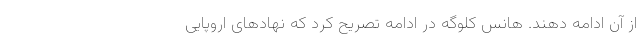
از آن ادامه دهند. هانس کلوگه در ادامه تصریح کرد که نهاد‌های اروپایی